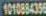
1010884356